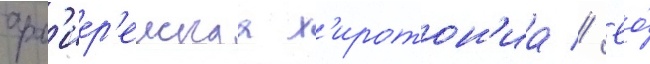
арх'иер'еискаа х'иротон'иа // Ео́